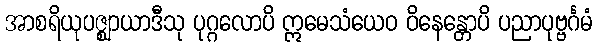
အာစရိယုပဇ္ဈာယာဒီသု ပုဂ္ဂလောပိ ဣမေသံယေဝ ဝိနေန္တောပိ ပညာပုဗ္ဗင်္ဂမံ